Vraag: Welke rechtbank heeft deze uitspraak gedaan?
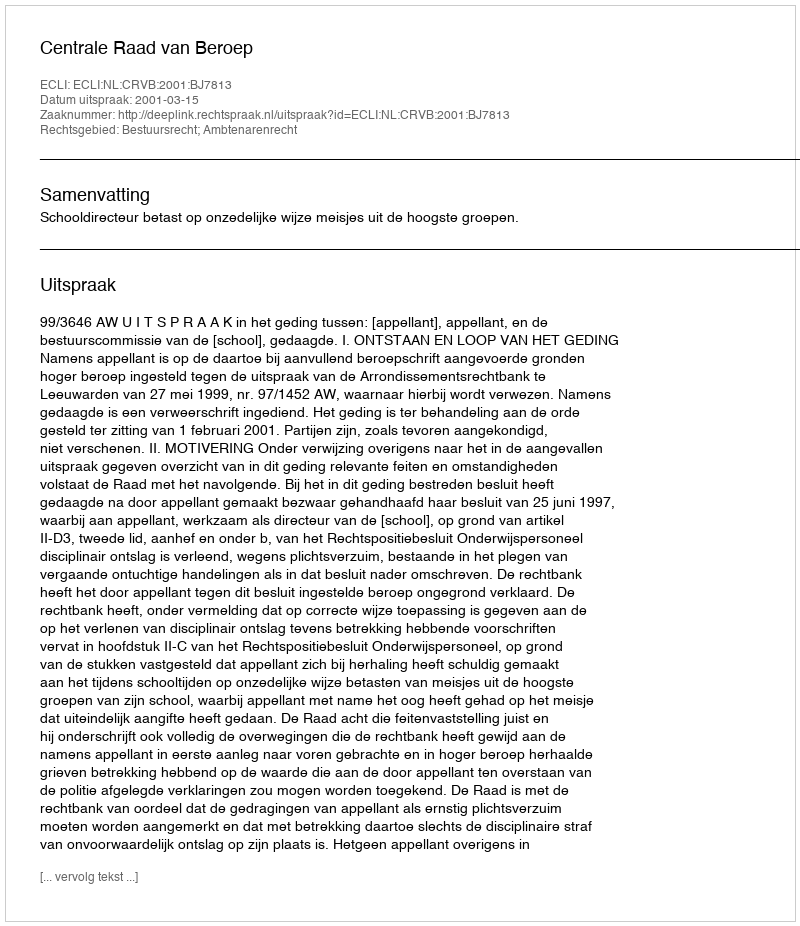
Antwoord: Centrale Raad van Beroep